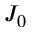
J _ { 0 }